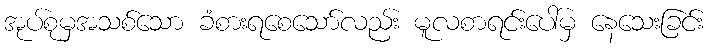
အုပ်စုမှအသစ်သော ခံစားရစေသော်လည်း မူလစာရင်းပေါ်မှ နေသေးခြင်း